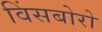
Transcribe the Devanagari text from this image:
विंसबोरो